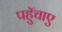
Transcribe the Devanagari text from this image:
पहुॅचाए